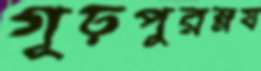
গূঢ়পুরম্নষ